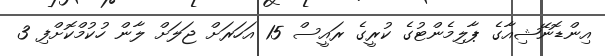
އިންޑޮނޭޝިއާގެ ޕާލިމެންޓުގެ ކުރީގެ ރައީސް 15 އަހަރަށް ޖަލަށް ލާން ހުކުމްކޮށްފި 3